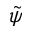
\tilde { \psi }